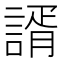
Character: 諝